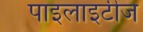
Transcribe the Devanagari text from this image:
पाइलाइटीज